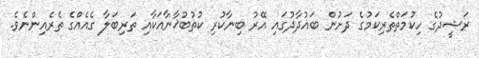
ރަޝީދުގެ ހިކުމަތްތެރިކަމުގެ ދަށުން ބަޣުދާދުގައި އޭރު ބިނާކުރި ކުތުބުޚާނާއަކާއި ތަރިބަލާ ގެއެއްގެ ތެރެއިންނެވެ.